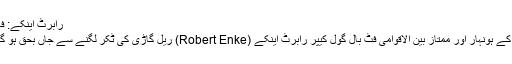
رابرٹ اینکے: فائل فوٹو
جرمنی کے ہونہار اور ممتاز بین الاقوامی فٹ بال گول کیپر رابرٹ اینکے (Robert Enke) ریل گاڑی کی ٹکر لگنے سے جاں بحق ہو گئے ہیں۔